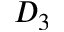
D _ { 3 }